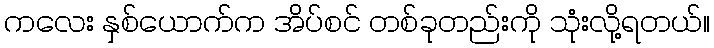
ကလေး နှစ်ယောက်က အိပ်စင် တစ်ခုတည်းကို သုံးလို့ရတယ်။